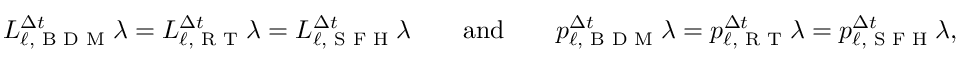
\ensuremath { L } _ { \ensuremath { \ell } , \textup { B D M } } ^ { \ensuremath { \Delta t } } \lambda = \ensuremath { L } _ { \ensuremath { \ell } , \textup { R T } } ^ { \ensuremath { \Delta t } } \lambda = \ensuremath { L } _ { \ensuremath { \ell } , \textup { S F H } } ^ { \ensuremath { \Delta t } } \lambda \qquad \mathrm { a n d } \qquad p _ { \ensuremath { \ell } , \textup { B D M } } ^ { \ensuremath { \Delta t } } \lambda = p _ { \ensuremath { \ell } , \textup { R T } } ^ { \ensuremath { \Delta t } } \lambda = p _ { \ensuremath { \ell } , \textup { S F H } } ^ { \ensuremath { \Delta t } } \lambda ,